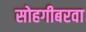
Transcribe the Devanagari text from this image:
सोहगीबरवा